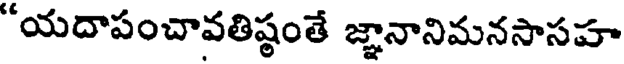
"యదాపంచావతిష్ఠంతే జ్ఞానానిమనసాసహ